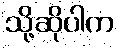
သို့ဆိုပါက